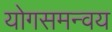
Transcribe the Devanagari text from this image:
योगसमन्वय